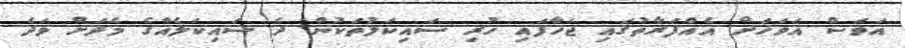
އަވަސް އަވަހަށް އެއްފަރާތުގައި ޖަހާފައި ހުރި ސައިކަލުތަކުން ދެ ސައިކަލެއްގެ މެދަށް ވަދެ